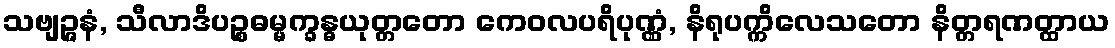
သဗျဉ္ဇနံ, သီလာဒိပဉ္စဓမ္မက္ခန္ဓယုတ္တတော ကေဝလပရိပုဏ္ဏံ, နိရုပက္ကိလေသတော နိတ္တရဏတ္ထာယ